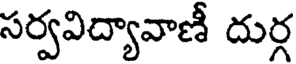
సర్వవిద్యావాణీ దుర్గ